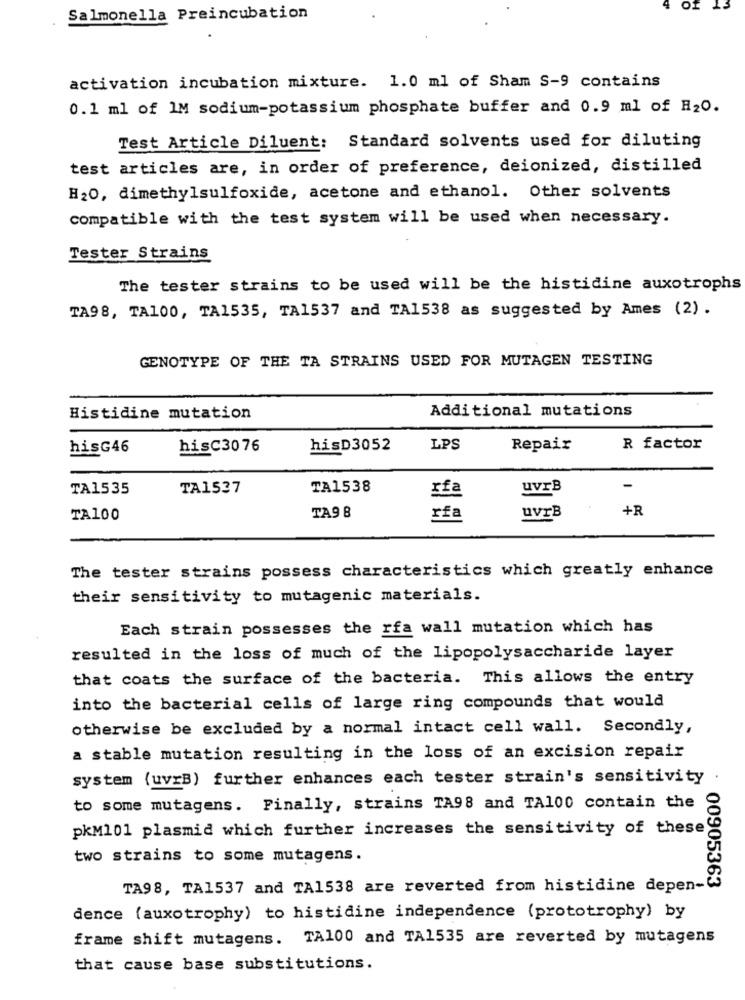
Of
Salmonella Preincubation
activation incubation mixture. 1.0 ml of Sham S-9 contains
0.1 ml of IM sodium-potassium phosphate buffer and 0.9 ml of H2O.
Test Article Diluent: Standard solvents used for diluting
test articles are, in order of preference, deionized, distilled
H20, dimethylsulfoxide, acetone and ethanol. Other solvents
compatible with the test system will be used when necessary.
Tester Strains
The tester strains to be used will be the histidine auxotrophs
TA98, TA100, TA1535, TA1537 and TA1538 as suggested by Ames (2).
GENOTYPE OF THE TA STRAINS USED FOR MUTAGEN TESTING
Additional mutations
Histidine mutation
hisG46
hisC3076
hisD3052
LPS
Repair
R factor
TA1535
TA1537
TA1538
rfa
uvrB
-
+R
TA100
TA9 8
rfa
uvrB
The tester strains possess characteristics which greatly enhance
their sensitivity to mutagenic materials.
Each strain possesses the rfa wall mutation which has
resulted in the loss of much of the lipopolysaccharide layer
that coats the surface of the bacteria. This allows the entry
into the bacterial cells of large ring compounds that would
otherwise be excluded by a normal intact cell wall. Secondly,
a stable mutation resulting in the loss of an excision repair
system (uvrB) further enhances each tester strain's sensitivity
to some mutagens. Finally, strains TA98 and TA100 contain the
pkM101 plasmid which further increases the sensitivity of these
two strains to some mutagens.
TA98, TA1537 and TA1538 are reverted from histidine depen-
00905363
dence (auxotrophy) to histidine independence (prototrophy) by
frame shift mutagens. TA100 and TA1535 are reverted by mutagens
that cause base substitutions.